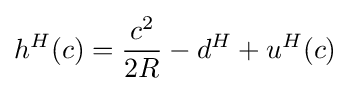
h^{H}(c)={\frac {c^{2}}{2R}}-d^{H}+u^{H}(c)